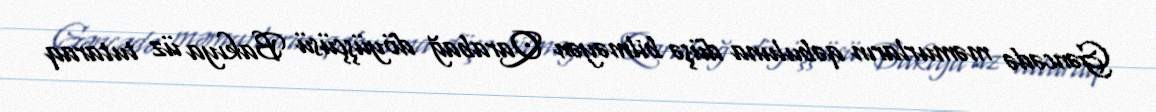
Gəncədə məmurların qəbuluna düşə bilməyən Qarabağ döyüşçüsü Bakıya üz tutaraq